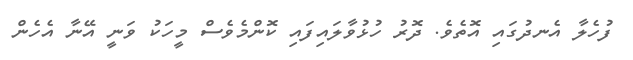
ފުހެލާ އެނދުގައި އޮތެވެ. ދޮރު ހުޅުވާލައިފައި ކޮންމެވެސް މީހަކު ވަނީ އޭނާ އެހެން